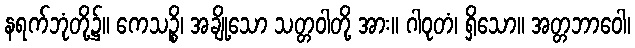
နရက်ဘုံတို့၌။ ကေသဉ္စိ၊ အချို့သော သတ္တဝါတို့ အား။ ဂါဝုတံ၊ ရှိသော။ အတ္တဘာဝေါ၊